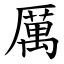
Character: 厲